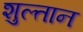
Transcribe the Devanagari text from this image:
शुल्तान